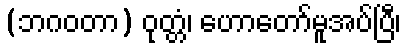
(ဘဂဝတာ) ဝုတ္တံ၊ ဟောတော်မူအပ်ပြီ၊